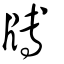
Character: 牔